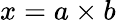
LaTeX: x=a\times b